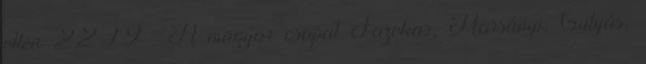
ellen 22-19 . A magyar csapat Fazekas, Harsányi, Gulyás,